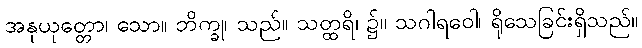
အနုယုတ္တော၊ သော။ ဘိက္ခု၊ သည်။ သတ္ထရိ၊ ၌။ သဂါရဝေါ၊ ရိုသေခြင်းရှိသည်။